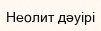
Неолит дәуірі